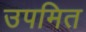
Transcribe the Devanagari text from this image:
उपमित